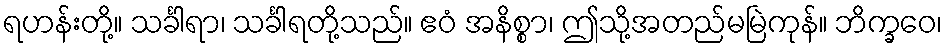
ရဟန်းတို့။ သင်္ခါရာ၊ သင်္ခါရတို့သည်။ ဧဝံ အနိစ္စာ၊ ဤသို့အတည်မမြဲကုန်။ ဘိက္ခဝေ၊